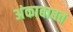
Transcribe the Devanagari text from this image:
अंकाबाबत